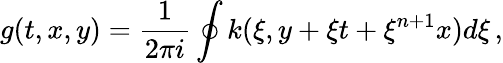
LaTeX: g(t,x,y)=\frac{1}{2\pi i}\oint k(\xi,y+\xi t+\xi^{n+1}x)d\xi\, ,